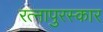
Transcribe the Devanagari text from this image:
रत्नापुरस्कार